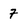
Character: 7